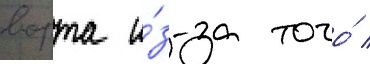
ворта и́з-за того́ /